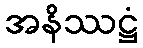
အနိဿဋ္ဌံ